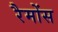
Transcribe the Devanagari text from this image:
रैमोंस